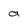
Character: a